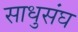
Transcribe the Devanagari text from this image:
साधुसंघ